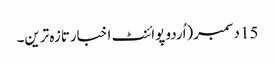
15 دسمبر(اُردو پوائنٹ اخبارتازہ ترین۔